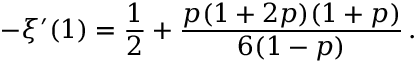
- \xi ^ { \prime } ( 1 ) = { \frac { 1 } { 2 } } + { \frac { p ( 1 + 2 p ) ( 1 + p ) } { 6 ( 1 - p ) } } \, .